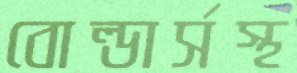
বোল্ডার্সস্থ